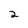
Character: 2